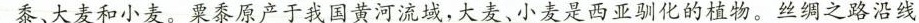
黍、大麦和小麦。粟黍原产于我国黄河流域，大麦、小麦是西亚驯化的植物。丝绸之路沿线